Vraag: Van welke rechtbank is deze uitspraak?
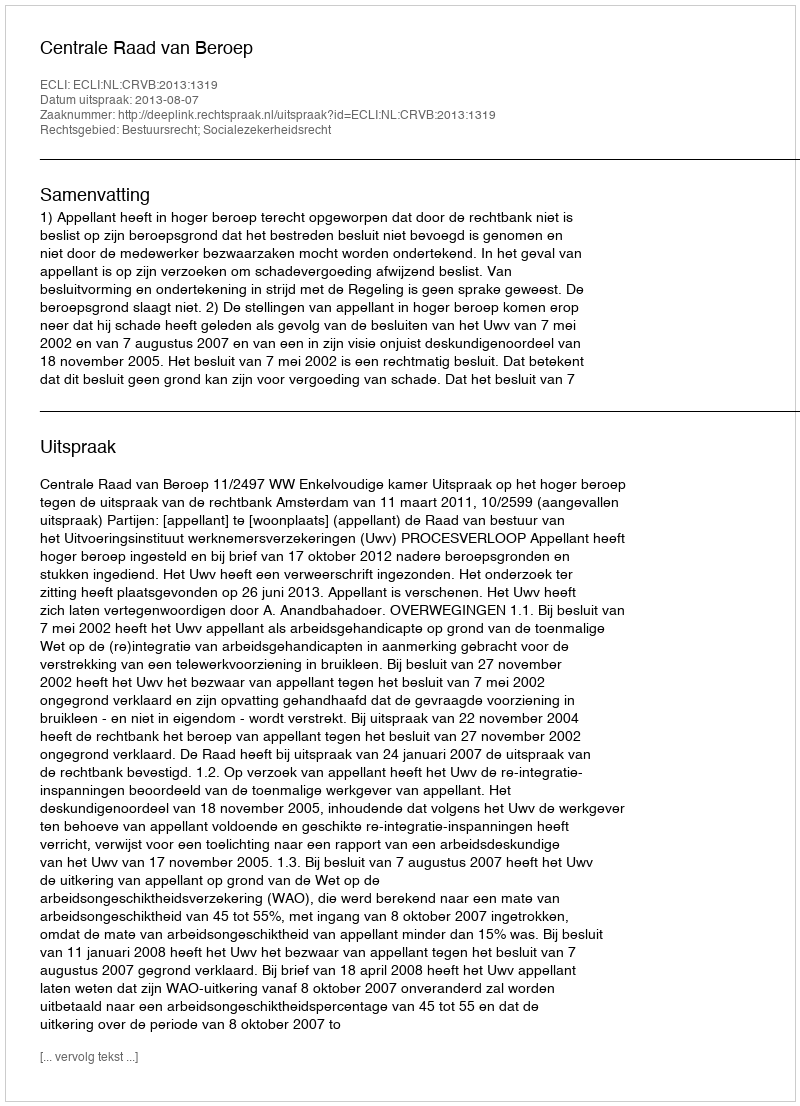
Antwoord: Centrale Raad van Beroep